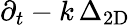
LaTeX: \partial_{t}-k\, \Delta_{\mathrm{2D}}